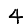
Digit: 4